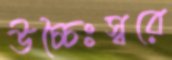
উচ্চৈঃস্বরে